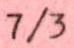
7/3